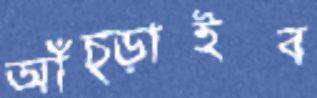
আঁচ্‌ড়াইব